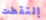
إلتقطت